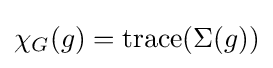
\chi _{G}(g)=\operatorname {trace} (\Sigma (g))